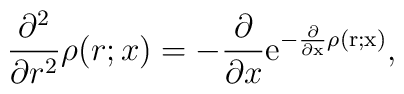
\frac{\partial ^2}{\partial r^2}\rho (r;x)=- \frac{\partial}{\partial x}	\rm{e}^{-\frac{\partial}{\partial x}\rho(r;x)},